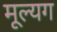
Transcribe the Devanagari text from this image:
मूल्यग